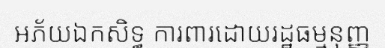
អភ័យឯកសិទ្ធ ការពារដោយរដ្ឋធម្មនុញ្ញ